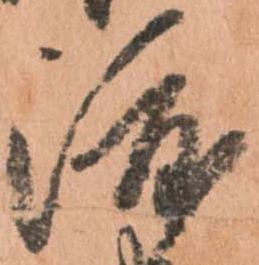
渡